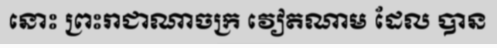
នោះ ព្រះរាជាណាចក្រ វៀតណាម ដែល បាន